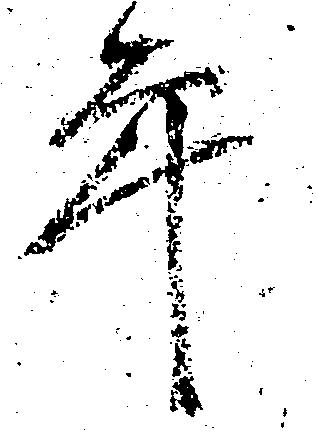
年